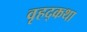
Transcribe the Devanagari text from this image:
वृहद्कथा